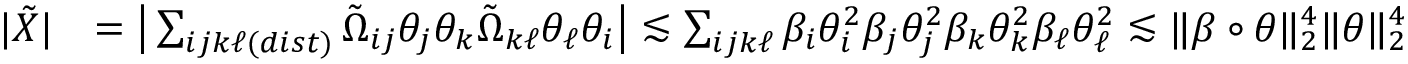
\begin{array} { r l } { | \tilde { X } | } & { = \big | \sum _ { i j k \ell ( d i s t ) } \tilde { \Omega } _ { i j } \theta _ { j } \theta _ { k } \tilde { \Omega } _ { k \ell } \theta _ { \ell } \theta _ { i } \big | \lesssim \sum _ { i j k \ell } \beta _ { i } \theta _ { i } ^ { 2 } \beta _ { j } \theta _ { j } ^ { 2 } \beta _ { k } \theta _ { k } ^ { 2 } \beta _ { \ell } \theta _ { \ell } ^ { 2 } \lesssim \| \beta \circ \theta \| _ { 2 } ^ { 4 } \| \theta \| _ { 2 } ^ { 4 } } \end{array}